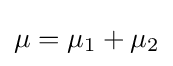
\mu =\mu _{1}+\mu _{2}